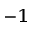
^ { - 1 }